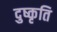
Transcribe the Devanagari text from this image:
दुष्कृति